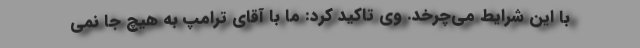
با این شرایط می‌چرخد. وی تاکید کرد: ما با آقای ترامپ به هیچ جا نمی